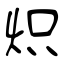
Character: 炽